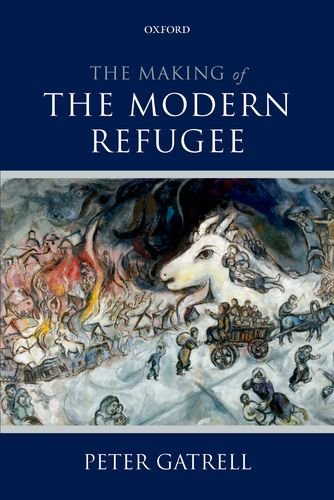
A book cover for The Making of the Modern Refugee; Peter Gatrell; Law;